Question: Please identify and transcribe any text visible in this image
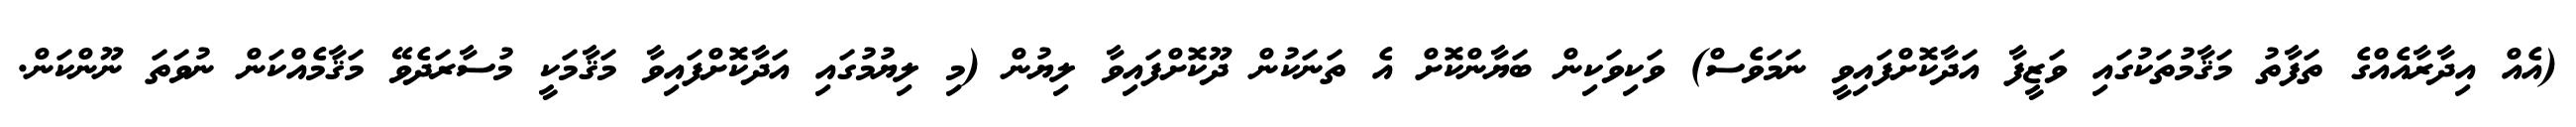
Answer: (އެއް އިދާރާއެއްގެ ތަފާތު މަޤާމުތަކުގައި ވަޒީފާ އަދާކޮށްފައިވީ ނަމަވެސް) ވަކިވަކިން ބަޔާންކޮށް އެ ތަނަކުން ދޫކޮށްފައިވާ ލިޔުން (މި ލިޔުމުގައި އަދާކޮށްފައިވާ މަޤާމަކީ މުސާރަދެވޭ މަޤާމެއްކަން ނުވަތަ ނޫންކަން.